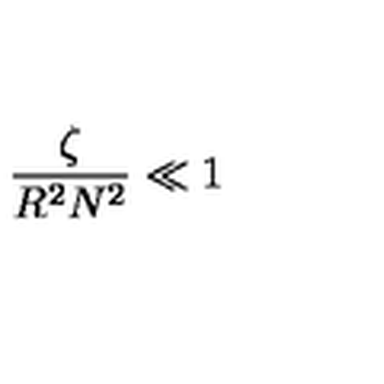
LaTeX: { \frac { \zeta } { R ^ { 2 } N ^ { 2 } } } \ll 1